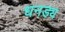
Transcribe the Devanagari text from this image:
धनड्य